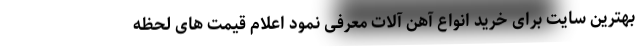
بهترین سایت برای خرید انواع آهن آلات معرفی نمود اعلام قیمت های لحظه